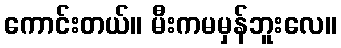
ကောင်းတယ်။ မီးကမမှန်ဘူးလေ။